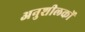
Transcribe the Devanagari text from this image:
अनुशीलकों